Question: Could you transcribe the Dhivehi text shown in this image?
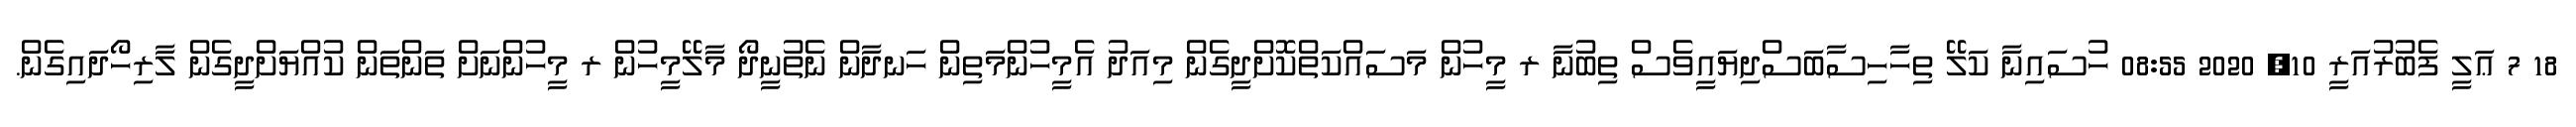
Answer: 18 7 ޢަލީ ފެބުރުއަރީ 10, 2020 08:55 ހުސައިނާ ކަލޭ ތިހާހިސާބަސްދިޔައީވެސް ތިބުނާ ރ މީހުން މަސައްކަތްކޮށްދީގެން މިއަދު އެމީހުންމަތިން ހަނދާން ނެތުނީދޯ މާލޭމީހުން ރ މީހުންނަށް ތަންތަން ކުއްޔަށްދީގެން ލާރިހޯދައިގެން.